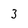
Character: 3